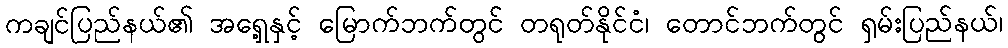
ကချင်ပြည်နယ်၏ အရှေ့နှင့် မြောက်ဘက်တွင် တရုတ်နိုင်ငံ၊ တောင်ဘက်တွင် ရှမ်းပြည်နယ်၊